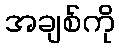
အချစ်ကို